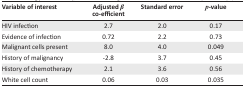
<table><thead><tr><td><b>Variable of interest</b></td><td><b>Adjusted <i>β</i> co-efficient</b></td><td><b>Standard error</b></td><td><b><i>p</i>-value</b></td></tr></thead><tbody><tr><td>HIV infection</td><td>2.7</td><td>2.0</td><td>0.17</td></tr><tr><td>Evidence of infection</td><td>0.72</td><td>2.2</td><td>0.73</td></tr><tr><td>Malignant cells present</td><td>8.0</td><td>4.0</td><td>0.049</td></tr><tr><td>History of malignancy</td><td>-2.8</td><td>3.7</td><td>0.45</td></tr><tr><td>History of chemotherapy</td><td>2.1</td><td>3.6</td><td>0.56</td></tr><tr><td>White cell count</td><td>0.06</td><td>0.03</td><td>0.035</td></tr></tbody></table>